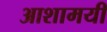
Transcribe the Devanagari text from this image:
आशामयी